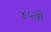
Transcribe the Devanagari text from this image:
४५वी